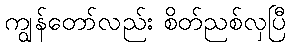
ကျွန်တော်လည်း စိတ်ညစ်လှပြီ